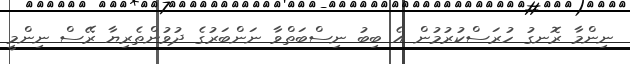
ނިންމާ ރޮނގު ހުރަސްކުރުމުން އެ ބިބު ނިސްބަތްވާ ނަންބަރުގެ ދުވުންތެރިޔާ ރޭސް ނިންމީ